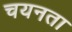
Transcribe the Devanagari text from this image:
चयनता